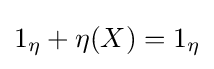
{\textstyle 1_{\eta }+\eta (X)=1_{\eta }}